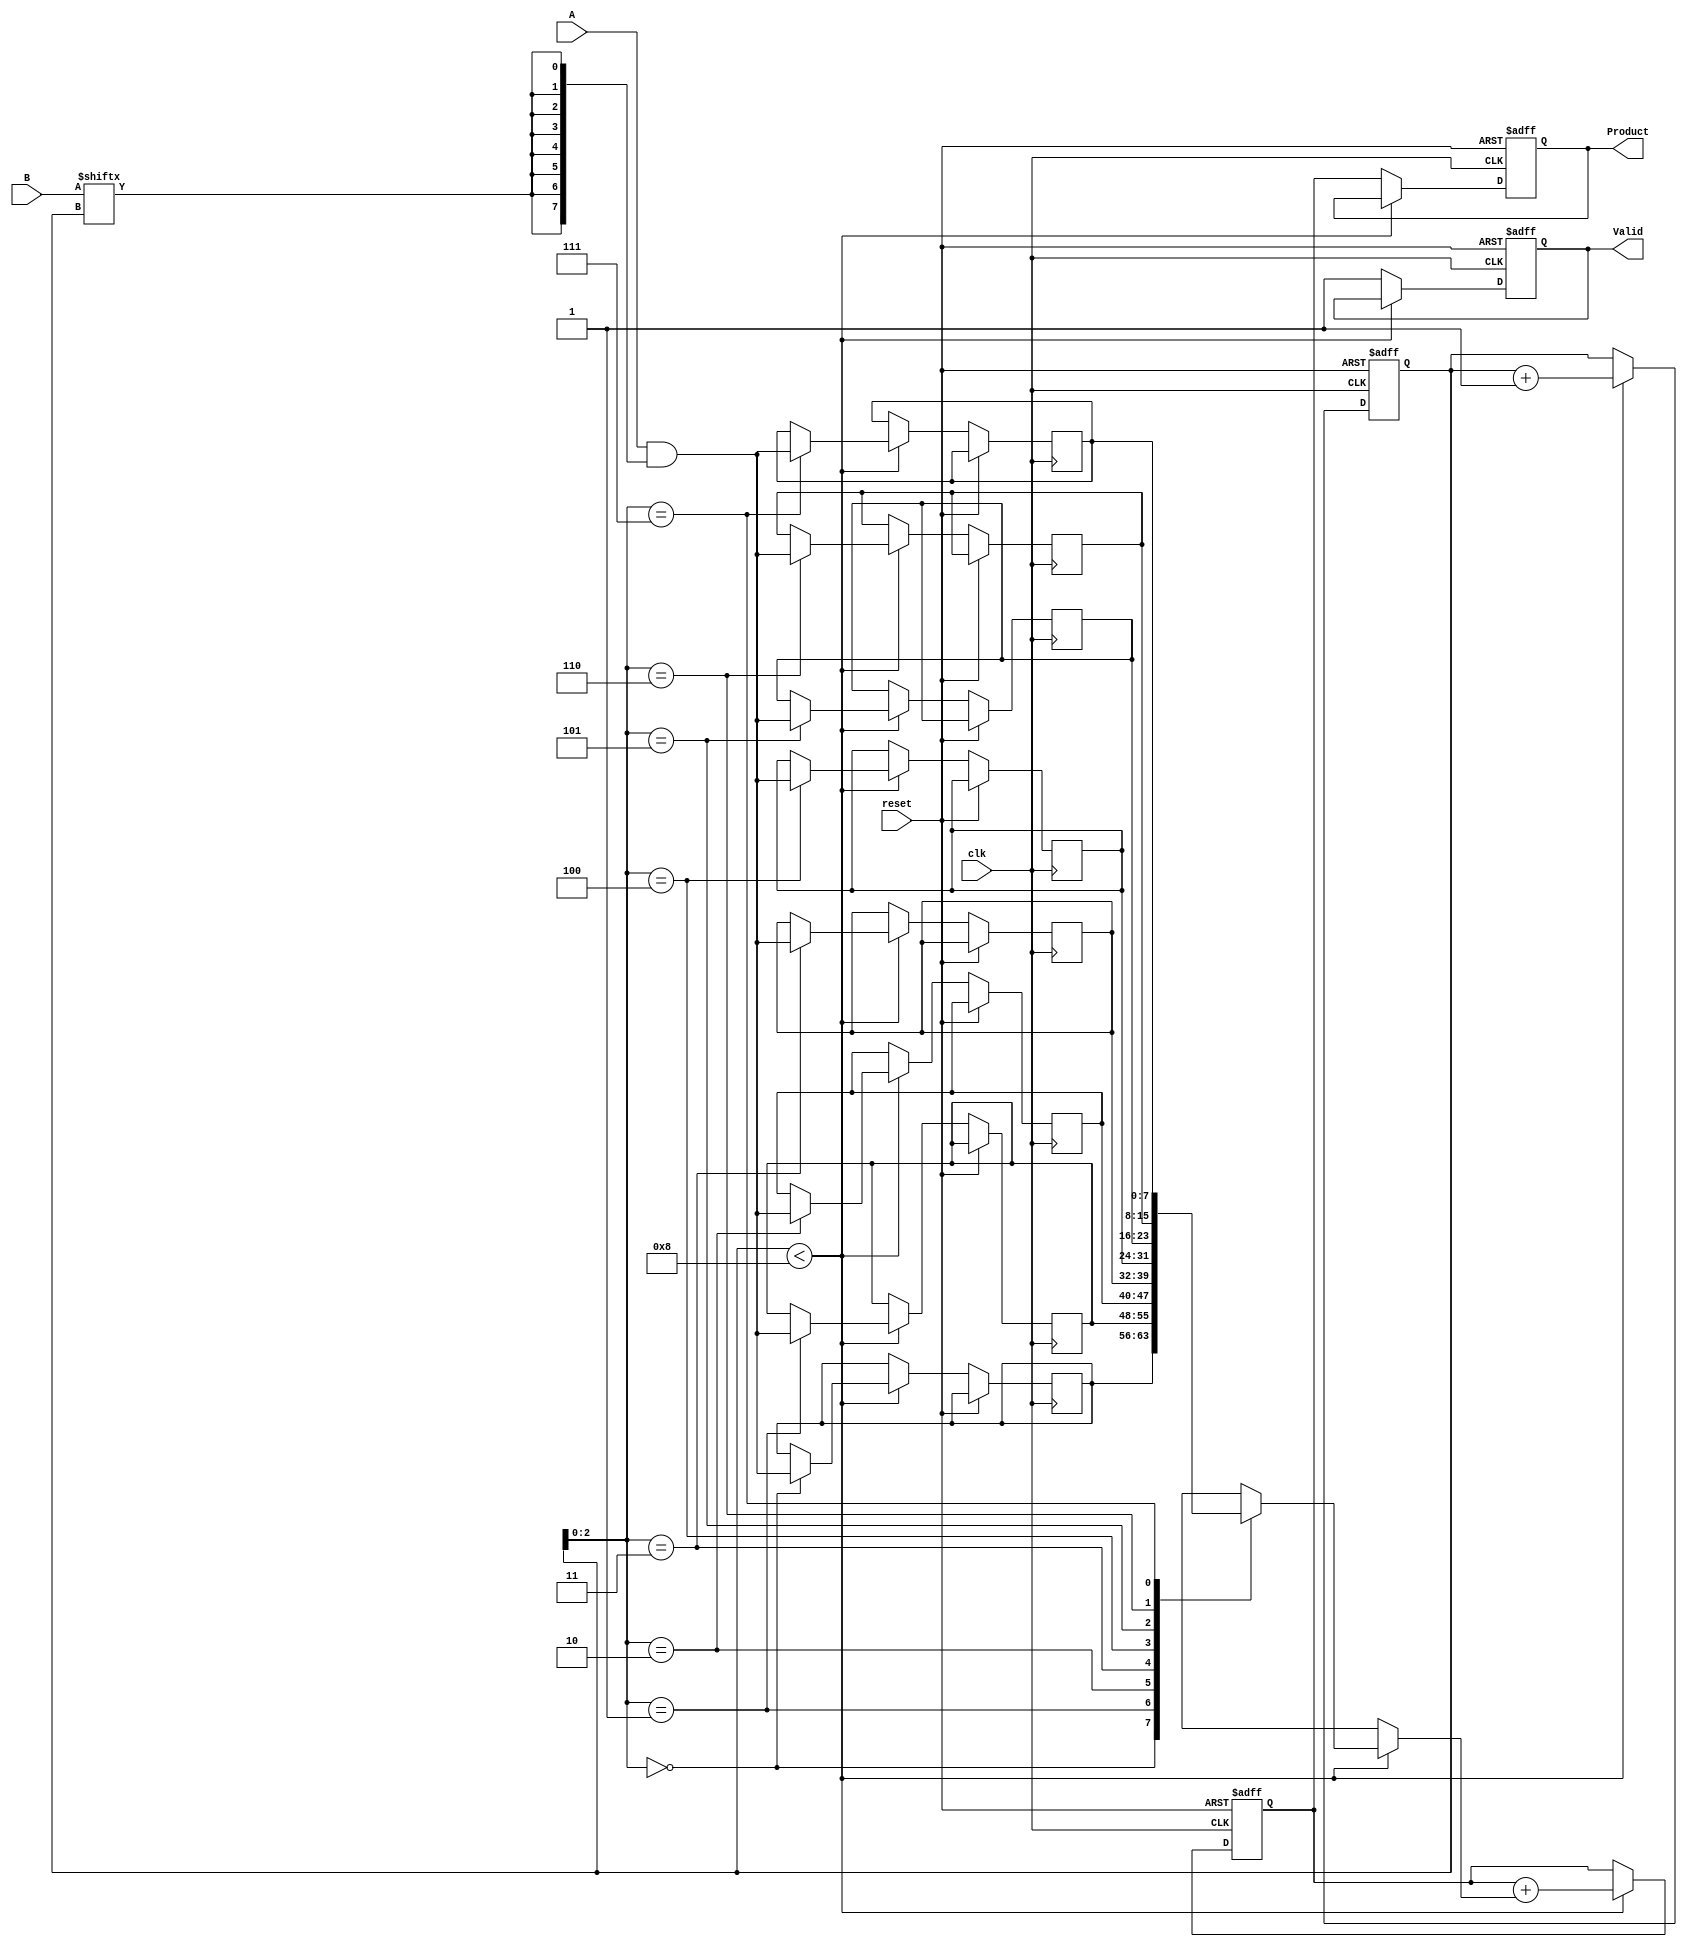
module PartialProductAccumulator #(
    parameter WIDTH = 8 // Bit width of inputs A and B
)(
    input  wire [WIDTH-1:0] A,        // Multiplicand
    input  wire [WIDTH-1:0] B,        // Multiplier
    input  wire clk,                   // Clock signal
    input  wire reset,                 // Active-high reset
    output reg  [2*WIDTH-1:0] Product, // Final accumulated product
    output reg  Valid                  // Product valid signal
);

reg [WIDTH-1:0] partial_product [WIDTH-1:0]; // Array to hold partial products
reg [WIDTH-1:0] current_bit;                  // Current multiplier bit
reg [3:0] bit_count;                          // Counter for processed bits
reg [2*WIDTH-1:0] accumulator;                // Accumulator for partial products

always @(posedge clk or posedge reset) begin
    if (reset) begin
        Product <= 0;
        Valid <= 0;
        accumulator <= 0;
        bit_count <= 0;
    end else begin
        if (bit_count < WIDTH) begin
            // Generate partial product for current bit
            partial_product[bit_count] <= A & {WIDTH{B[bit_count]}};
            // Add partial product to accumulator
            accumulator <= accumulator + partial_product[bit_count];
            bit_count <= bit_count + 1;
        end else begin
            // All bits processed, update final product and assert valid
            Product <= accumulator;
            Valid <= 1;
        end
    end
end

endmodule